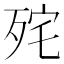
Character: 𭮏